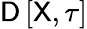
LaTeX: \mathsf{D}\left[\mathsf{X},\tau\right]